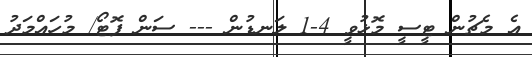
އެ މެޗުން ޓީސީ މޮޅުވީ 4-1 ލަނޑުން --- ސަން ފޮޓޯ/ މުހައްމަދު